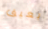
يعيق